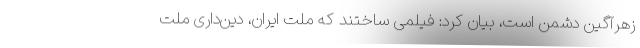
زهرآگین دشمن است، بیان کرد: فیلمی ساختند که ملت ایران، دین‌داری ملت